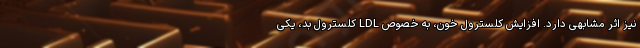
نیز اثر مشابهی دارد. افزایش کلسترول خون، به خصوص LDL کلسترول بد، یکی